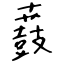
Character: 鼖